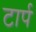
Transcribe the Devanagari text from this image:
टार्प